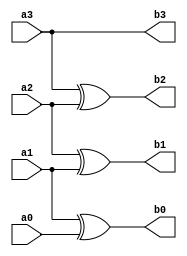
module bcdtogray_gate(b3,b2,b1,b0,a3,a2,a1,a0);
 input a3,a2,a1,a0;
 output b3,b2,b1,b0;
 and(b3,1,a3);
 xor(b2,a3,a2);
 xor(b1,a2,a1);
 xor(b0,a1,a0);
endmodule
module bcdtogray_df(b3,b2,b1,b0,a3,a2,a1,a0);
 input a3,a2,a1,a0;
 output b3,b2,b1,b0;
 assign b3=a3;
 assign b2=a3^a2;
 assign b1=a2^a1;
 assign b0=a1^a0;
endmodule
module testbench;
reg a3,a2,a1,a0;
wire b3,b2,b1,b0;
bcdtogray_df f1(b3,b2,b1,b0,a3,a2,a1,a0);
initial
begin
    $monitor(,$time," b3=%b b2=%b b1=%b b0=%b    a3=%b a2=%b a1=%b a0=%b",b3,b2,b1,b0,a3,a2,a1,a0);
#0 a3=1'b0;a2=1'b0;a1=1'b0;a0=1'b0;
#1 a3=1'b0;a2=1'b0;a1=1'b0;a0=1'b1;
#2 a3=1'b0;a2=1'b0;a1=1'b1;a0=1'b0;
#3 a3=1'b0;a2=1'b0;a1=1'b1;a0=1'b1;
#4 a3=1'b0;a2=1'b1;a1=1'b0;a0=1'b0;
#5 a3=1'b0;a2=1'b1;a1=1'b0;a0=1'b1;
#6 a3=1'b0;a2=1'b1;a1=1'b1;a0=1'b0;
#7 a3=1'b0;a2=1'b1;a1=1'b1;a0=1'b1;
#8 a3=1'b1;a2=1'b0;a1=1'b0;a0=1'b0;
#9 a3=1'b1;a2=1'b0;a1=1'b0;a0=1'b1;
#10 $finish;
end
endmodule